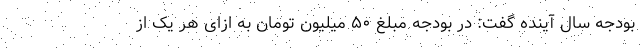
بودجه سال آینده گفت: در بودجه مبلغ ۵۰ میلیون تومان به ازای هر یک از